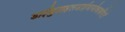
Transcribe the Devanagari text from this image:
डाईबुटाइलडाईथायोकार्बमेटों